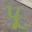
પૂ